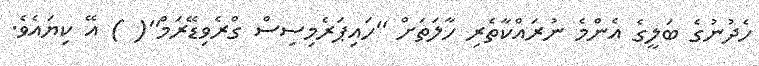
ހެދުނުގެ ބަލީގެ އެންމެ ނުރައްކާތެރި ހާލަތަށް ''ހައިޕަރެމިސިސް ގްރެވިޑޭރަމް''( ) އޭ ކިޔައެވެ.